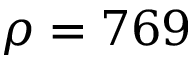
\rho = 7 6 9